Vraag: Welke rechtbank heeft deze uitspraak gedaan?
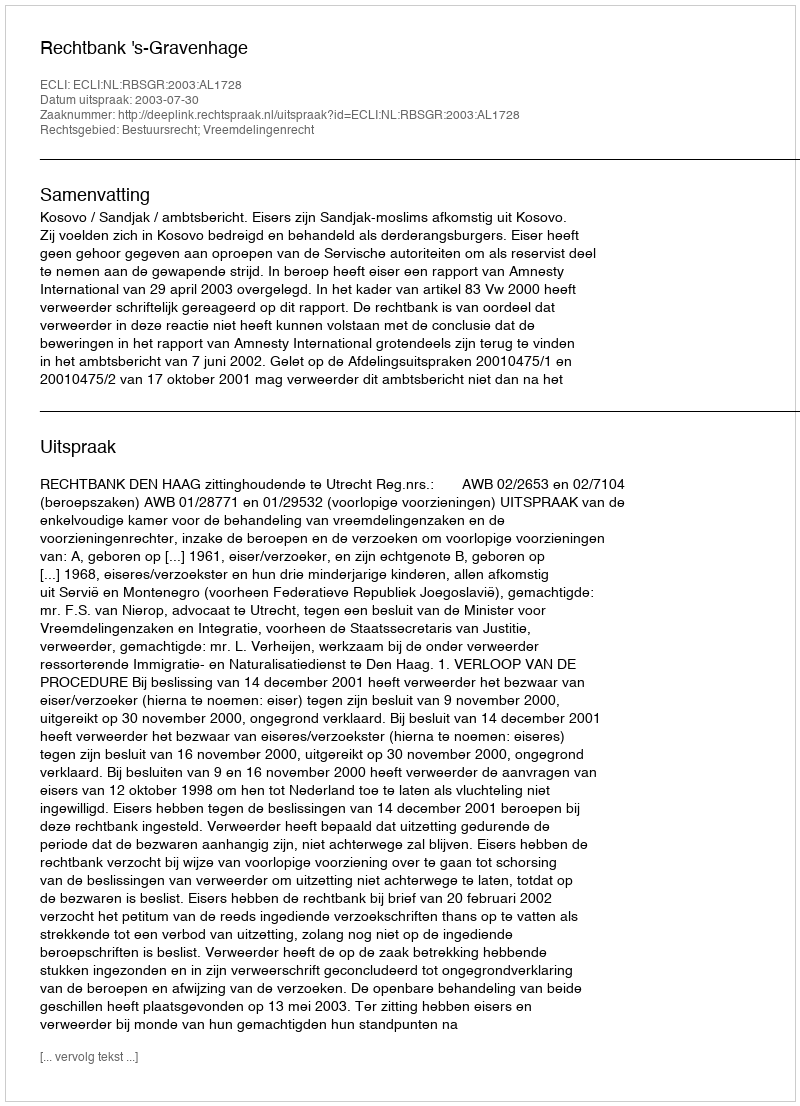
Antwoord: Rechtbank 's-Gravenhage